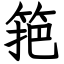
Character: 筢